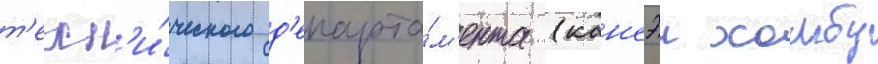
т'ехн'и́ческого д'епарта́м'ента (кансэи хомбу